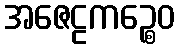
အဇေဠကဉ္စေဝ